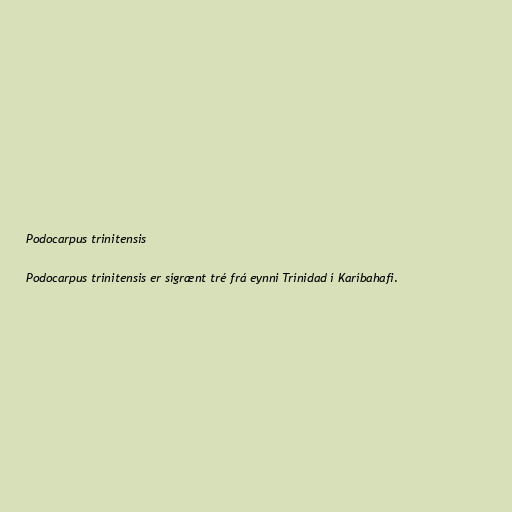
Podocarpus trinitensis

Podocarpus trinitensis er sígrænt tré frá eynni Trínidad í Karíbahafi.